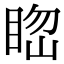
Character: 𥆲